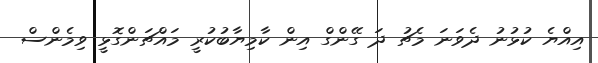
އިއްޔެ ކުޅުނު ދެވަނަ މެޗު ދަ ގޭންގް އިން ކާމިޔާބުކުރީ މައްޗަންގޮޅީ ވިމެންސް